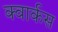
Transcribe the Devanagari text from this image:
क्वार्कस